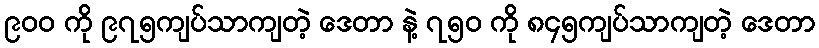
၉၀၀ ကို ၉၇၅ကျပ်သာကျတဲ့ ဒေတာ နဲ့ ၇၅၀ ကို ၈၄၅ကျပ်သာကျတဲ့ ဒေတာ